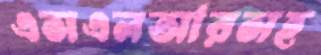
এসএলআরসহ